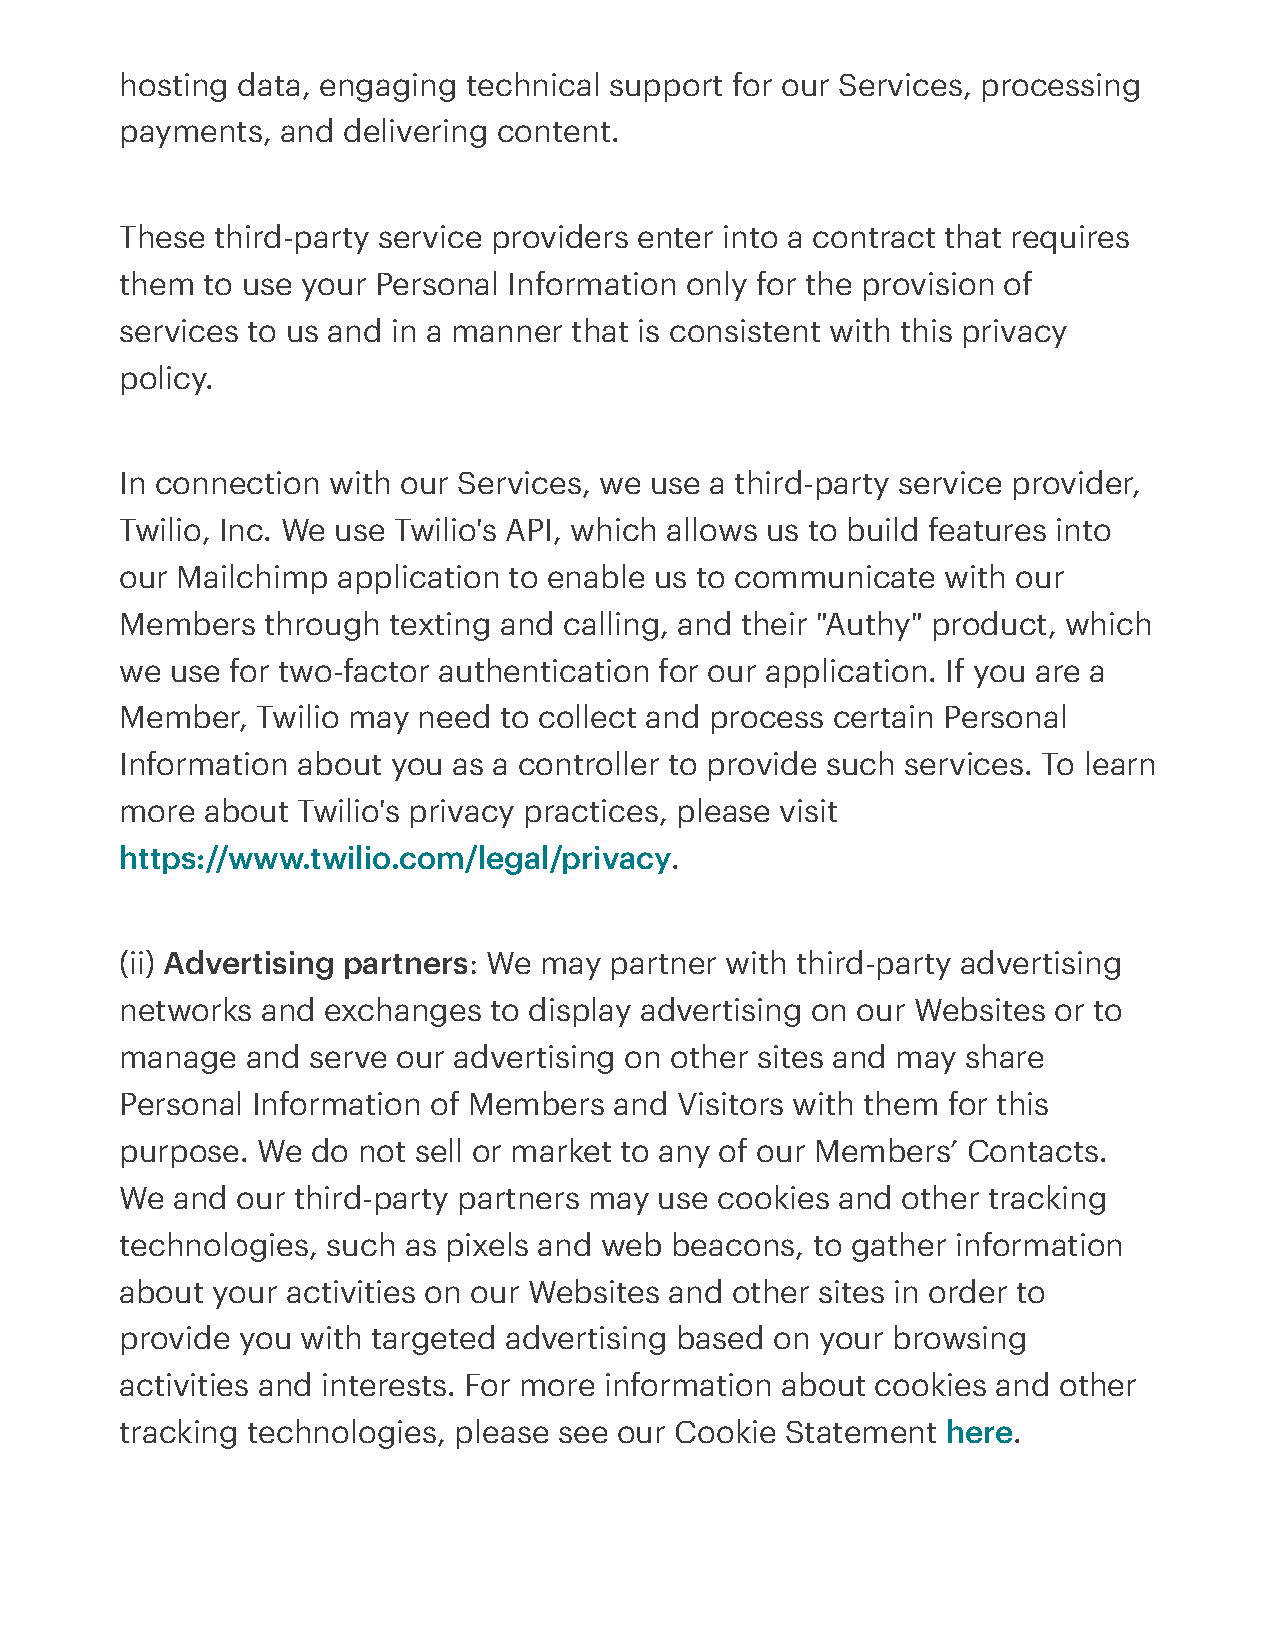
hosting data, engaging technical support for our Services, processing
 payments,  and delivering content.
 These third-party service providers enter into a contract that requires
 them to use your Personal Information only for the provision of
 services to us and in a manner that is consistent with this privacy
 policy.
 In connection with our Services, we use a third-party service provider,
 Twilio, Inc. We use Twilio's API, which allows us to build features into
 our Mailchimp application to enable us to communicate  with our
 Members  through  texting and calling, and their "Authy" product, which
 we use for two-factor authentication for our application. If you are a
 Member,  Twilio may need to collect and process certain Personal
 Information about you as a controller to provide such services. To learn
 more about  Twilio's privacy practices, please visit
 https://www.twilio.com/legal/privacy.
 (ii) Advertising partners: We may partner with third-party advertising
 networks and exchanges  to display advertising on our Websites or to
 manage  and serve our advertising on other sites and may share
 Personal Information of Members  and Visitors with them for this
 purpose. We  do not sell or market to any of our Members’ Contacts.
 We and  our third-party partners may use cookies and other tracking
 technologies, such as pixels and web beacons, to gather information
 about your activities on our Websites and other sites in order to
 provide you with targeted advertising based on your browsing
 activities and interests. For more information about cookies and other
 tracking technologies, please see our Cookie Statement here.